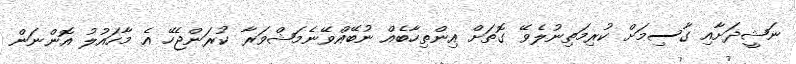
ނަޝީދަށާއި ގާސިމަށް ކުރިމަތިނުލެވޭ ގޮތަށް އިންތިހާބެއް ނުބޭއްވޭނެމަޝްވަރާ ކުރަންޖެހޭ އެ މާހައުލު އޮންނަން